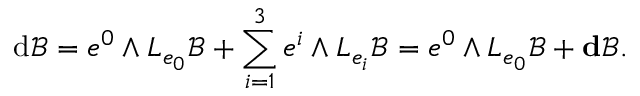
\mathrm { d } \mathscr { B } = e ^ { 0 } \wedge L _ { e _ { 0 } } \mathscr { B } + \sum _ { i = 1 } ^ { 3 } e ^ { i } \wedge L _ { e _ { i } } \mathscr { B } = e ^ { 0 } \wedge L _ { e _ { 0 } } \mathscr { B } + \mathbf { d } \mathscr { B } .